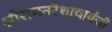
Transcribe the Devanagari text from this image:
श्रीरामनरेशाचार्यजी